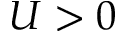
U > 0